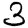
Digit: 3